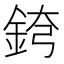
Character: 𨦘